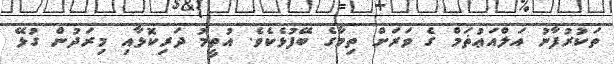
ތަކުރުފާނު އަލްއަޢުޡަމް ގެ ވަރަށް ތިމާގެ ބޭފުޅެކެވެ. އުތީމު ދަރިކޮޅާއި މިރަދުން ގުޅޭ